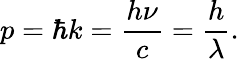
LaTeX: p=\hbar k={\frac{h\nu}{c}}={\frac{h}{\lambda}}.